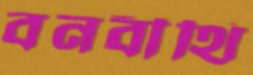
বনবীথি